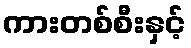
ကားတစ်စီးနှင့်